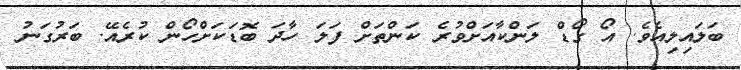
ބަލައިލިއެވެ. އޯ ގޯޑް ލަންކާއަށްވުރެ ކަންތަށް ފަލަ ހާދަ ބޮޑަކަށްހޯން ކުރެއޭ. ބަރުގަނު